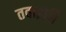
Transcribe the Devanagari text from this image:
तवाइफ़ी